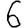
Digit: 6